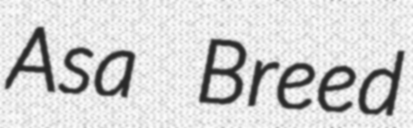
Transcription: Asa Breed